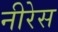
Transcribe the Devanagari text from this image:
नीरेस